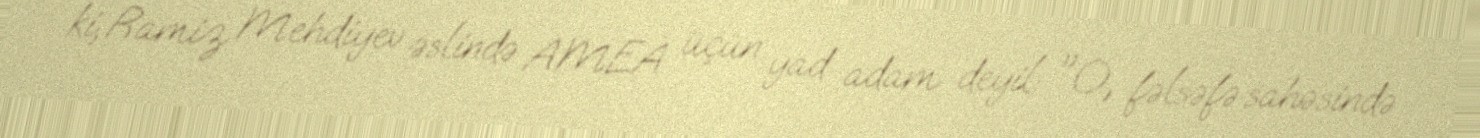
ki, Ramiz Mehdiyev əslində AMEA üçün yad adam deyil: "O, fəlsəfə sahəsində